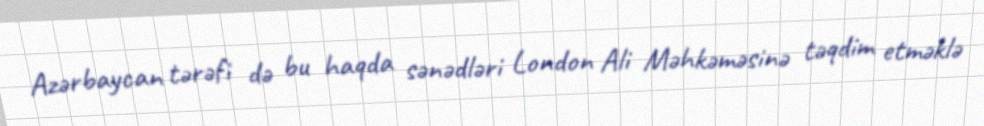
Azərbaycan tərəfi də bu haqda sənədləri London Ali Məhkəməsinə təqdim etməklə